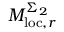
M _ { \mathrm { l o c } , r } ^ { \Sigma _ { 2 } }